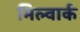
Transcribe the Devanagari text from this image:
मिल्वार्क